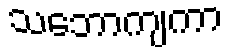
သဘောကျကာ